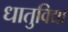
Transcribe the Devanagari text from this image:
धातुविद्या